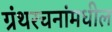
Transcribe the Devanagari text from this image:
ग्रंथरचनांमधील